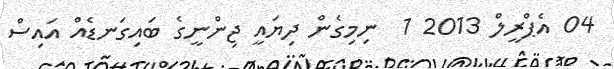
04 އެޕްރީލް 2013 1  ނިމިގެން ދިޔައީ ޖިންނީގެ ބައިގަނޑެއް އައިސް